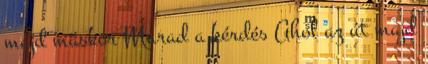
majd máskor Marad a kérdés Ahol az út majd